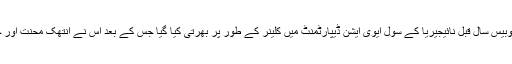
غیر ملکی میڈیا رپورٹ کے مطابق محمد ابوبکر کو چوبیس سال قبل نائیجیریا کے سول ایوی ایشن ڈیپارٹمنٹ میں کلینر کے طور پر بھرتی کیا گیا جس کے بعد اُس نے انتھک محنت اور جافشانی سے کام کر کے اپنی صلاحیتوں کا لوہا منوایا۔